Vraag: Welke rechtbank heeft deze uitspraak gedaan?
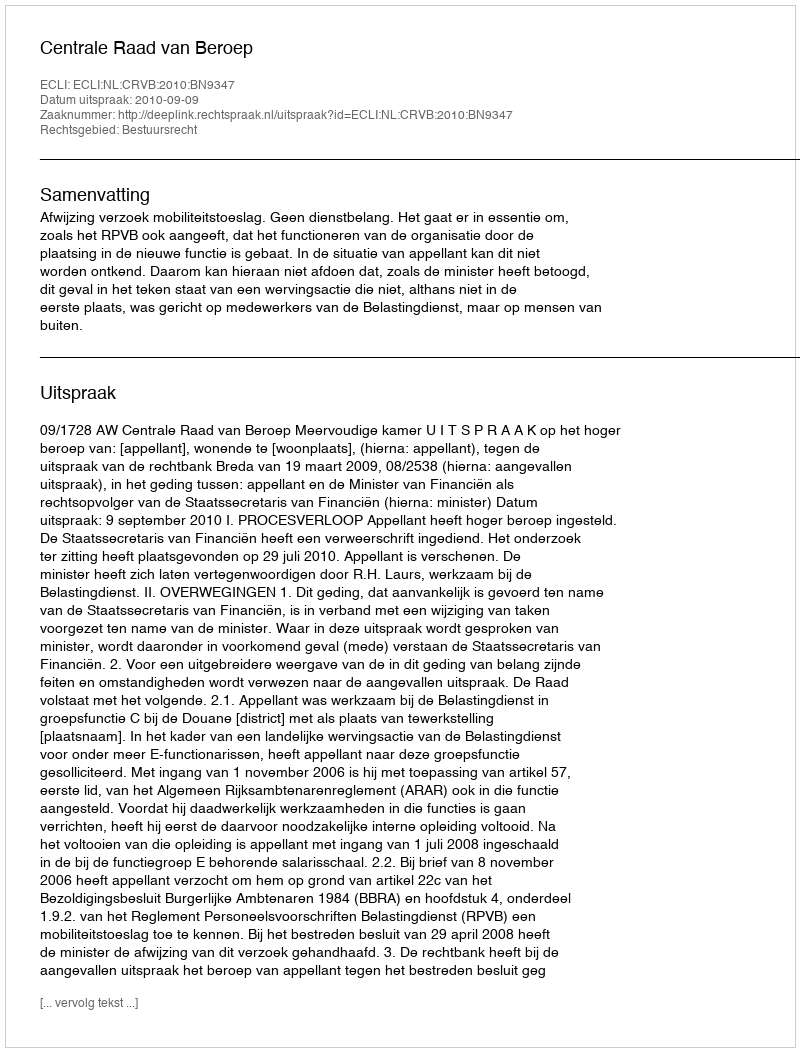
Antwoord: Centrale Raad van Beroep